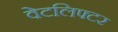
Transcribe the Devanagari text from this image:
वेटलिफ्टर